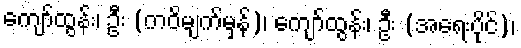
ကျော်ထွန်း၊ ဦး (ကဝိမျက်မှန်)၊ ကျော်ထွန်း၊ ဦး (အရေးပိုင်)၊